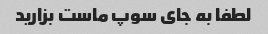
لطفا به جای سوپ ماست بزارید